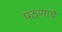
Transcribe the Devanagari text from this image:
पठणाचे